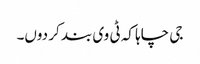
جی چاہا کہ ٹی وی بند کر دوں۔